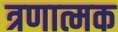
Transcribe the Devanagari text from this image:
त्रणात्मक